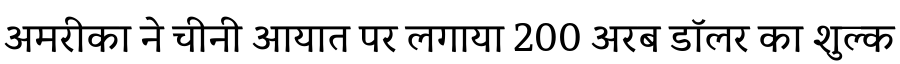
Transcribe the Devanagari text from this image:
अमरीका ने चीनी आयात पर लगाया 200 अरब डॉलर का शुल्क